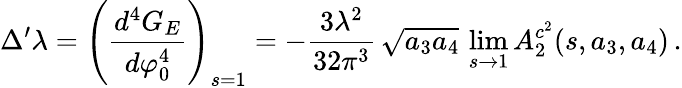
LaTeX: \Delta^{\prime}\lambda=\left(\frac{d^{4}G_{E}}{d\varphi_{0}^{4}}\right)_{s=1}=-\frac{3\lambda^{2}}{32\pi^{3}}\, \sqrt{a_{3}a_{4}}\, \operatorname*{lim}_{s\rightarrow 1}A_{2}^{c^{2}}(s,a_{3},a_{4})\, .